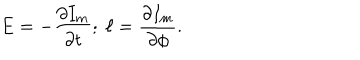
LaTeX: E = - \frac { \partial I _ { m } } { \partial t } ; \; \ell = \frac { \partial I _ { m } } { \partial \phi } .